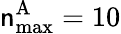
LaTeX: \mathsf{n}_{\mathrm{{max}}}^{\mathrm{{A}}}=10